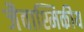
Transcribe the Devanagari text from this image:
जैवाश्मिकीय